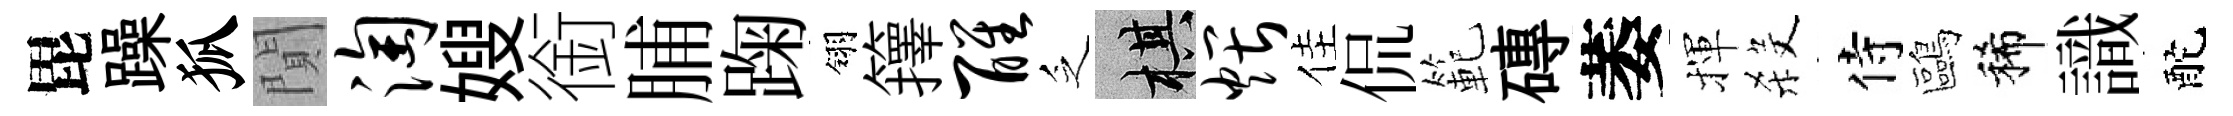
毘躁狐閴淘嫂銜脯踘翎籜醒乏棋煨佳侃範磚萎揮殺侍鷗稀識酡